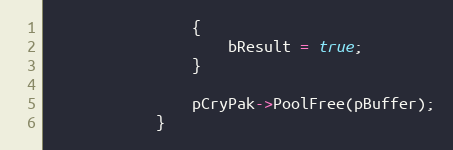
Language: C++
				{
					bResult = true;
				}

				pCryPak->PoolFree(pBuffer);
			}